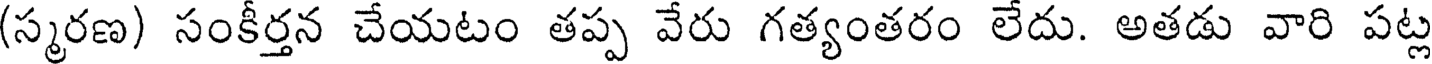
(స్మరణ) సంకీర్తన చేయటం తప్ప వేరు గత్యంతరం లేదు. అతడు వారి పట్ల